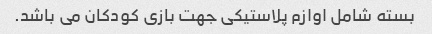
بسته شامل اوازم پلاستیکی جهت بازی کودکان می باشد.